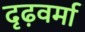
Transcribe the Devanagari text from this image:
दृढ़वर्मा